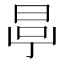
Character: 𣆪